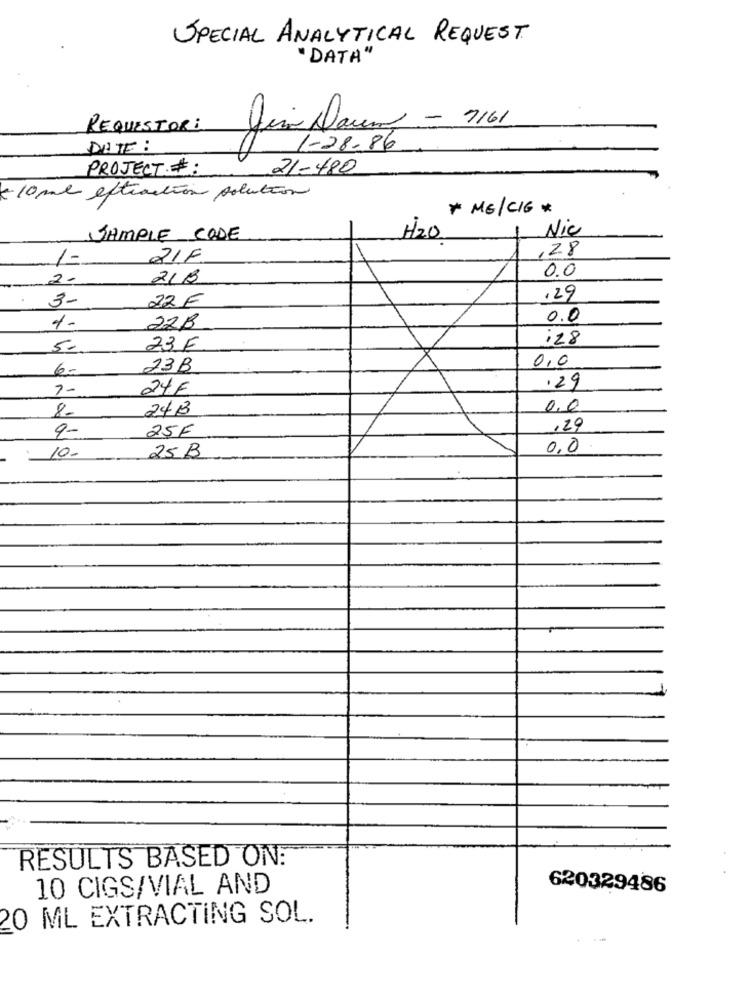
SPECIAL ANALYTICAL REQUEST
"DATA"
REQUESTOR:
Jim Davis - 7161
DATE :
1-28-86
PROJECT. #:
21-480
-10ml extraction solution
* ME/CIG *
Nic
SAMPLE CODE
H2O.
,28
RIF
1=
0.0
2-
21B
3-
22 €
,29
0.0
1-
22B
:28
5.
23 E
0,0
6 .-
23B
7-
24€
.29
24B
0,0
8-
9-
25F
,20
0,0
10-
25 B
RESULTS BASED ON:
10 CIGS/VIAL AND
620329486
20 ML EXTRACTING SOL.